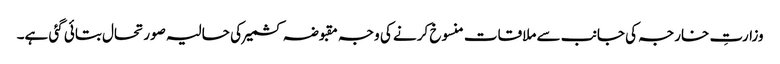
وزارتِ خارجہ کی جانب سے ملاقات منسوخ کرنے کی وجہ مقبوضہ کشمیر کی حالیہ صورتحال بتائی گئی ہے۔